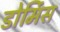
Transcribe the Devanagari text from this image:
डोर्मिस